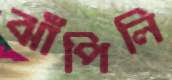
ঝাঁপিলি